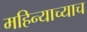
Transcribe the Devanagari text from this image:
महिन्याच्याच